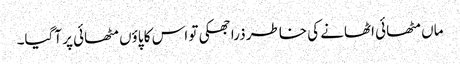
ماں مٹھائی اٹھانے کی خاطر ذرا جھکی تو اس کا پاؤں مٹھائی پر آگیا۔